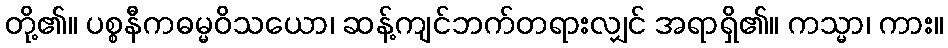
တို့၏။ ပစ္စနီကဓမ္မဝိသယော၊ ဆန့်ကျင်ဘက်တရားလျှင် အရာရှိ၏။ ကသ္မာ၊ ကား။